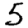
Digit: 5